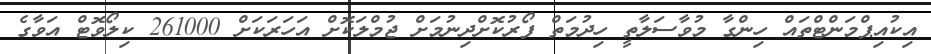
އިކުއިޕްމަންޓްތައް ހިންގާ މުވާސަލާތީ ހިދުމަތް ފޯރުކޮށްދިނުމަށް ޖުމްލަކޮށް އަހަރަކަށް 261000 ކިލޯވޮޓް އަވާގެ